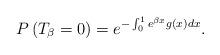
LaTeX: \begin{align*}P\left(T_\beta=0\right)=e^{-\int_0^1 e^{\beta x} g(x) dx}.\end{align*}